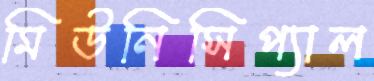
মিউনিসিপ্যাল